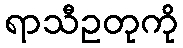
ရာသီဥတုကို